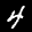
Label: 4